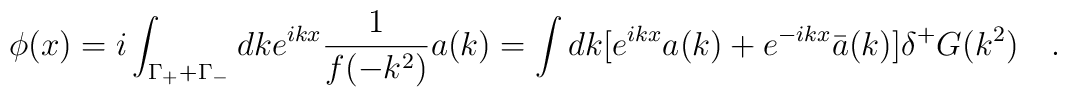
\phi (x)=i\int_{\Gamma_+ +\Gamma_-}dk e^{ikx}\frac{1}{f(-k^2)} a(k)=\int dk [e^{ikx}a(k)+e^{-ikx}\bar{a}(k)]\delta^+ G (k^2)~~~.